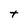
Character: t